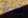
الغرور